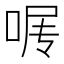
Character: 𰇰